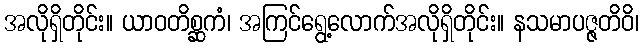
အလိုရှိတိုင်း။ ယာဝတိစ္ဆကံ၊ အကြင်ရွေ့လောက်အလိုရှိတိုင်း။ နသမာပဇ္ဇတိဝိ၊